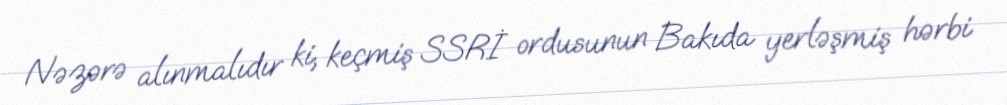
Nəzərə alınmalıdır ki, keçmiş SSRİ ordusunun Bakıda yerləşmiş hərbi